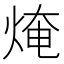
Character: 㷈